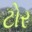
ટોર